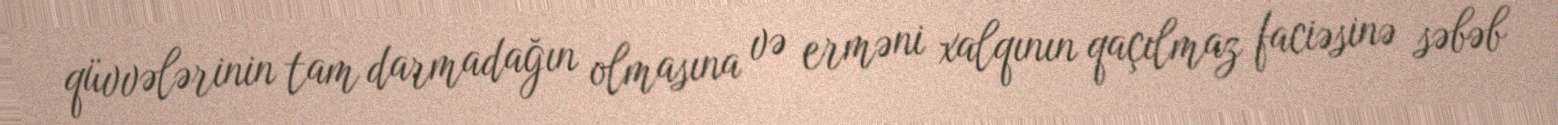
qüvvələrinin tam darmadağın olmasına və erməni xalqının qaçılmaz faciəsinə səbəb